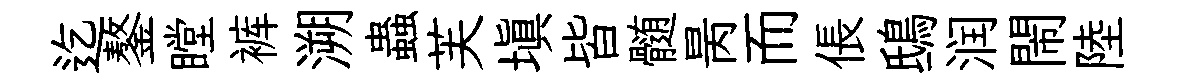
迄鏊瞠裤溯蟲芙填皆髄昺而倀鴟润閙陸